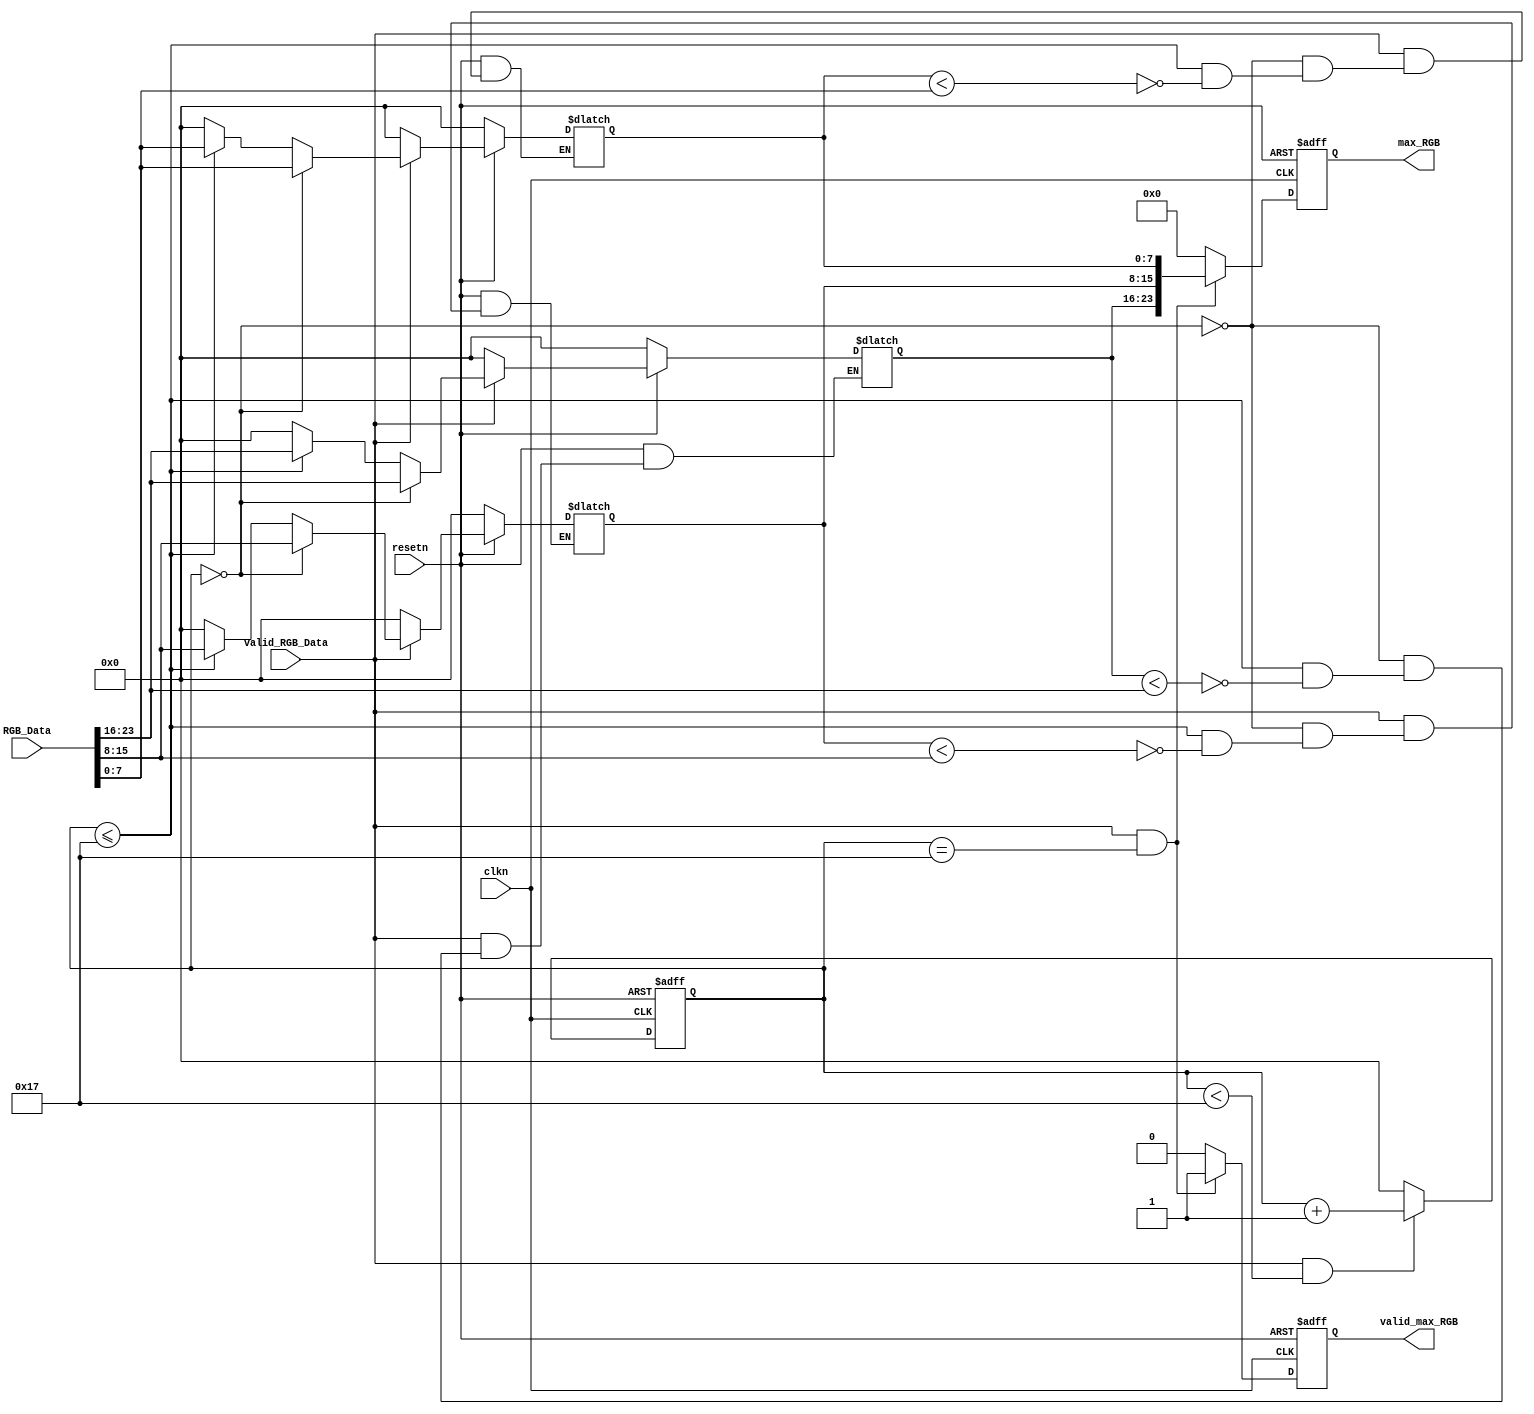
`timescale 1ns / 1ps
//function(english ):Gets the maximum RGB value from the LENGTH (24) RGB values
//chinese:24RGB

module GetMax#
(
    parameter LENGTH = 23//A cell of pixels
)
(
    //sys port
    input wire clkn, //148.5MHz negedge
    input wire resetn,
    //input
    input wire valid_RGB_Data,
    input wire [23:0]  RGB_Data,
    // output data
    output reg valid_max_RGB,
    output reg [23:0] max_RGB
);
reg [7:0] count;
reg [23:0] max_RGB_Temp;
always @(negedge clkn or negedge resetn) 
begin
    if(~resetn)
    begin
        count<= 'd0;
    end
    else
    begin
        if(valid_RGB_Data & count < LENGTH)
        begin
            count <= count + 1'b1;
        end
        else
        begin
            count <= 'd0;
        end
    end
end
//Solve for minimum
always @(*) 
begin
    if(~resetn)
    begin
        max_RGB_Temp <= 'd0;
    end
    else
    begin
        if(valid_RGB_Data)
        begin
           if(count == 'd0)
           begin
                max_RGB_Temp <= RGB_Data;
           end
           else
           begin
            if(count <= LENGTH)
            begin
                max_RGB_Temp[23:16] <= (max_RGB_Temp[23:16] < RGB_Data[23:16] )?RGB_Data[23:16]:max_RGB_Temp[23:16] ;
                max_RGB_Temp[15:8]  <= (max_RGB_Temp[15:8]  < RGB_Data[15:8]  )?RGB_Data[15:8] :max_RGB_Temp[15:8]  ;
                max_RGB_Temp[7:0]   <= (max_RGB_Temp[7:0]  < RGB_Data[7:0] )     ?RGB_Data[7:0]:max_RGB_Temp[7:0];
            end
            else
            begin
                 max_RGB_Temp <= 'd0;
            end

           end
        end
        else
        begin
            max_RGB_Temp <= 'd0;
        end
    end
end

// output max
always @(negedge clkn or negedge resetn) begin
    if(~resetn)
    begin
        max_RGB <= 'd0;
        valid_max_RGB <= 'd0;
    end
    else
    begin
        if(valid_RGB_Data & count == LENGTH)
        begin
             max_RGB <= max_RGB_Temp;
             valid_max_RGB <= 1'b1;
        end
        else
        begin
            max_RGB <= 'd0;
            valid_max_RGB <= 'd0;
        end
    end
end
endmodule